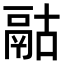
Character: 𩰯